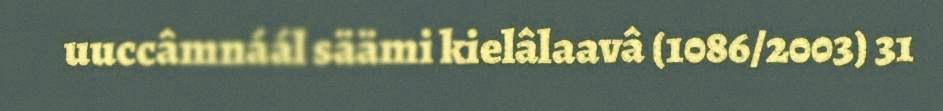
uuccâmnáál säämi kielâlaavâ (1086/2003) 31